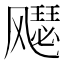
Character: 𫗋